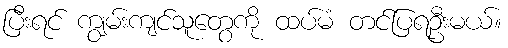
ပြီးရင် ကျွမ်းကျင်သူတွေကို ထပ်မံ တင်ပြရဦးမယ်။